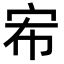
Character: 𭓤